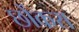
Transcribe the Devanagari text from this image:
छोंकरा